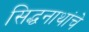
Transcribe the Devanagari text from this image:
सिद्धनाथांचे